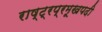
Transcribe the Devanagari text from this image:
राष्ट्रप्रमूखपदी